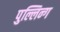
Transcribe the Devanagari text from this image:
पुल्लिन्ग